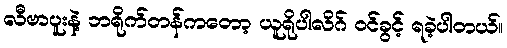
လီဗာပူးနဲ့ ဘရိုက်တန်ကတော့ ယူရိုပါလိဂ် ဝင်ခွင့် ရခဲ့ပါတယ်။